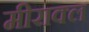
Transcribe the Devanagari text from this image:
मीराक्ल